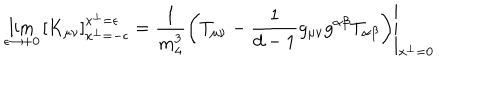
\lim _ { \epsilon \to + 0 } \left[ K _ { \mu \nu } \right] _ { x ^ { \perp } = - \epsilon } ^ { x ^ { \perp } = \epsilon } = \left. \frac { 1 } { m _ { 4 } ^ { 3 } } \left( T _ { \mu \nu } - \frac { 1 } { d - 1 } g _ { \mu \nu } g ^ { \alpha \beta } T _ { \alpha \beta } \right) \right| _ { x ^ { \perp } = 0 }